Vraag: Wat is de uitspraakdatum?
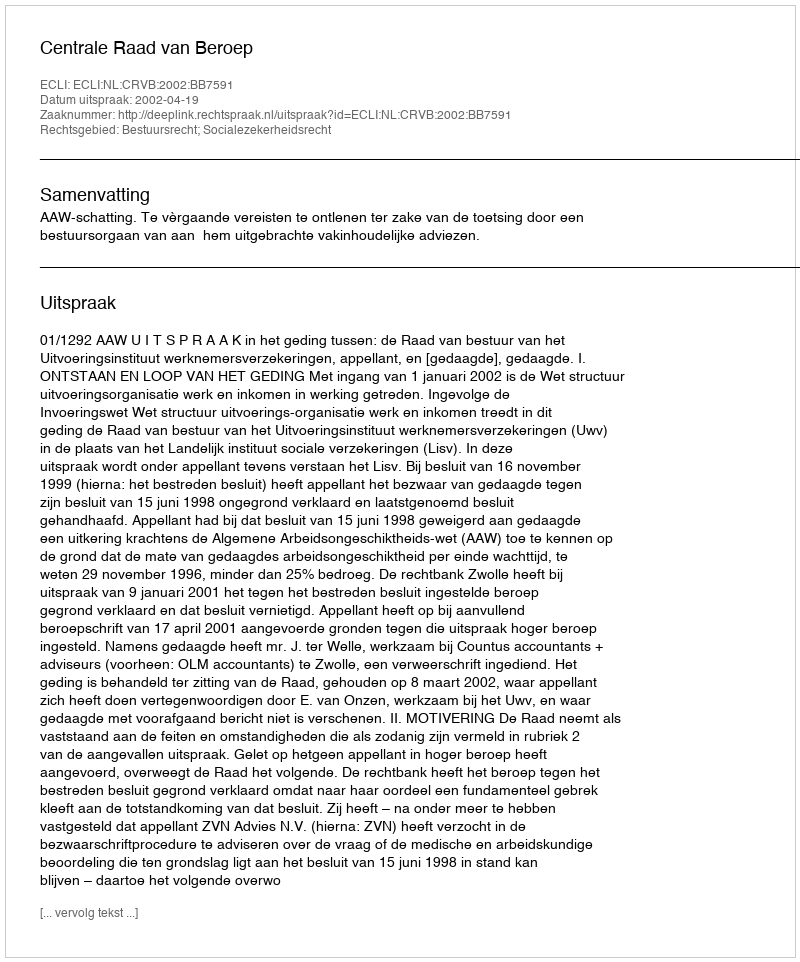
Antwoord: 2002-04-19